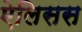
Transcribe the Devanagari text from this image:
ऐलिसस